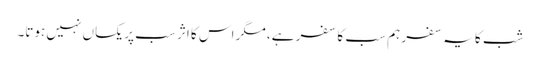
شب کا یہ سفر ہم سب کا سفر ہے، مگر اس کا اثر سب پر یکساں نہیں ہوتا۔